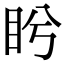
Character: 盻